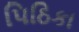
પિઠિકા